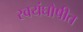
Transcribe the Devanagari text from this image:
स्वयंघोषीत